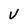
Character: v